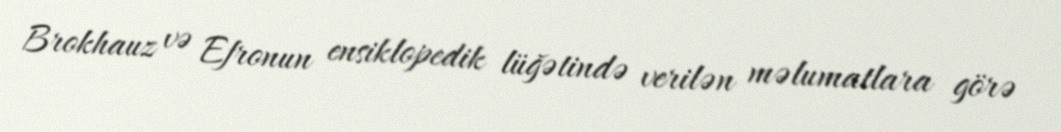
Brokhauz və Efronun ensiklopedik lüğətində verilən məlumatlara görə